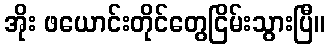
အိုး ဖယောင်းတိုင်တွေငြိမ်းသွားပြီ။